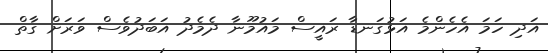
އަދި ހަމަ އެހެންމެ އަޅުގަނޑާ ރައީސް މައުމޫނާ ދެމެދު އަބަދުވެސް ވަރަށް ގާތް